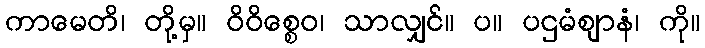
ကာမေတိ၊ တို့မှ။ ဝိဝိစ္စေဝ၊ သာလျှင်။ ပ။ ပဌမံဈာနံ၊ ကို။